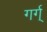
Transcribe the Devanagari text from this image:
गर्ग्